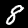
Label: 8